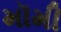
મૉમી